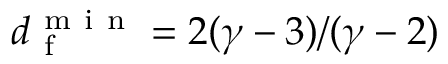
d _ { \mathrm { ~ f ~ } } ^ { \mathrm { ~ m ~ i ~ n ~ } } = 2 ( \gamma - 3 ) / ( \gamma - 2 )